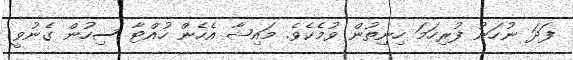
ފަދަ ނުހަނު ފުރިހަމަ ހިނިތުން ވުމެކެވެ. މައިޝާ އެހެން ހުއްޓާ ސިހުން ގެނުވީ